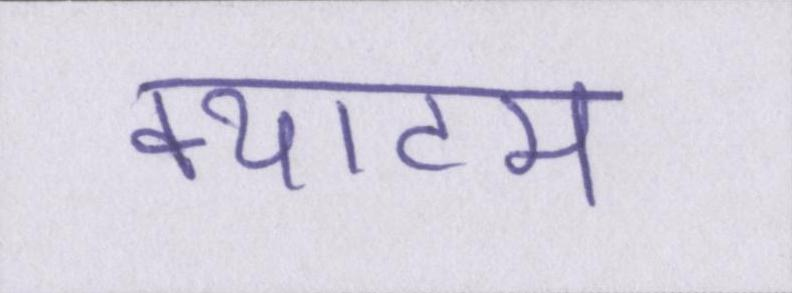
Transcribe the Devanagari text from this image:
क्याटम